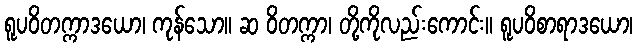
ရူပဝိတက္ကာဒယော၊ ကုန်သော။ ဆ ဝိတက္ကာ၊ တို့ကိုလည်းကောင်း။ ရူပဝိစာရာဒယော၊